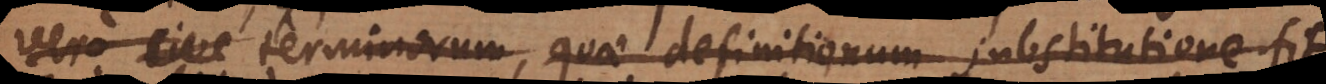
vero sive terminorum, quae definitionum substitutione fit